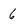
Character: 6